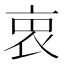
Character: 𧘼